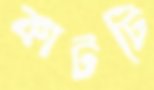
কাটটি